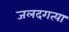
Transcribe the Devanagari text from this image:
जलदगत्या